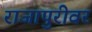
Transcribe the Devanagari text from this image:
राजापुरीवर